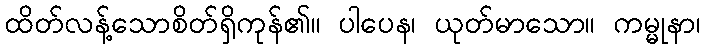
ထိတ်လန့်သောစိတ်ရှိကုန်၏။ ပါပေန၊ ယုတ်မာသော။ ကမ္မုနာ၊